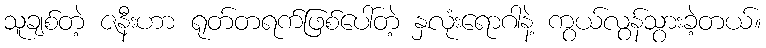
သူချစ်တဲ့ ဇနီးဟာ ရုတ်တရက်ဖြစ်ပေါ်တဲ့ နှလုံးရောဂါနဲ့ ကွယ်လွန်သွားခဲ့တယ်။